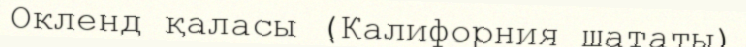
Окленд қаласы (Калифорния шататы)